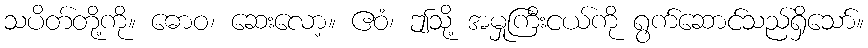
သပိတ်တို့ကို။ ဓောဝ၊ ဆေးလော့။ ဧဝံ၊ ဤသို့ အမှုကြီးငယ်ကို ရွက်ဆောင်သည်ရှိသော်။